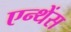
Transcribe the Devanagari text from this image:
एन्थेंस